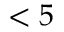
< 5